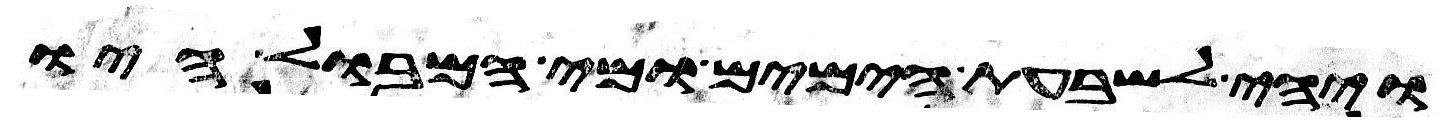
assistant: ויהי לשבעת הימים ומי המבול היו